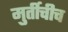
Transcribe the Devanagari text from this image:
मुर्तीचीच